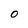
Character: O